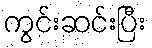
ကွင်းဆင်းပြီး